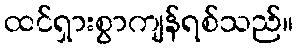
ထင်ရှားစွာကျန်ရစ်သည်။